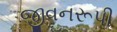
જીવનરૂપી